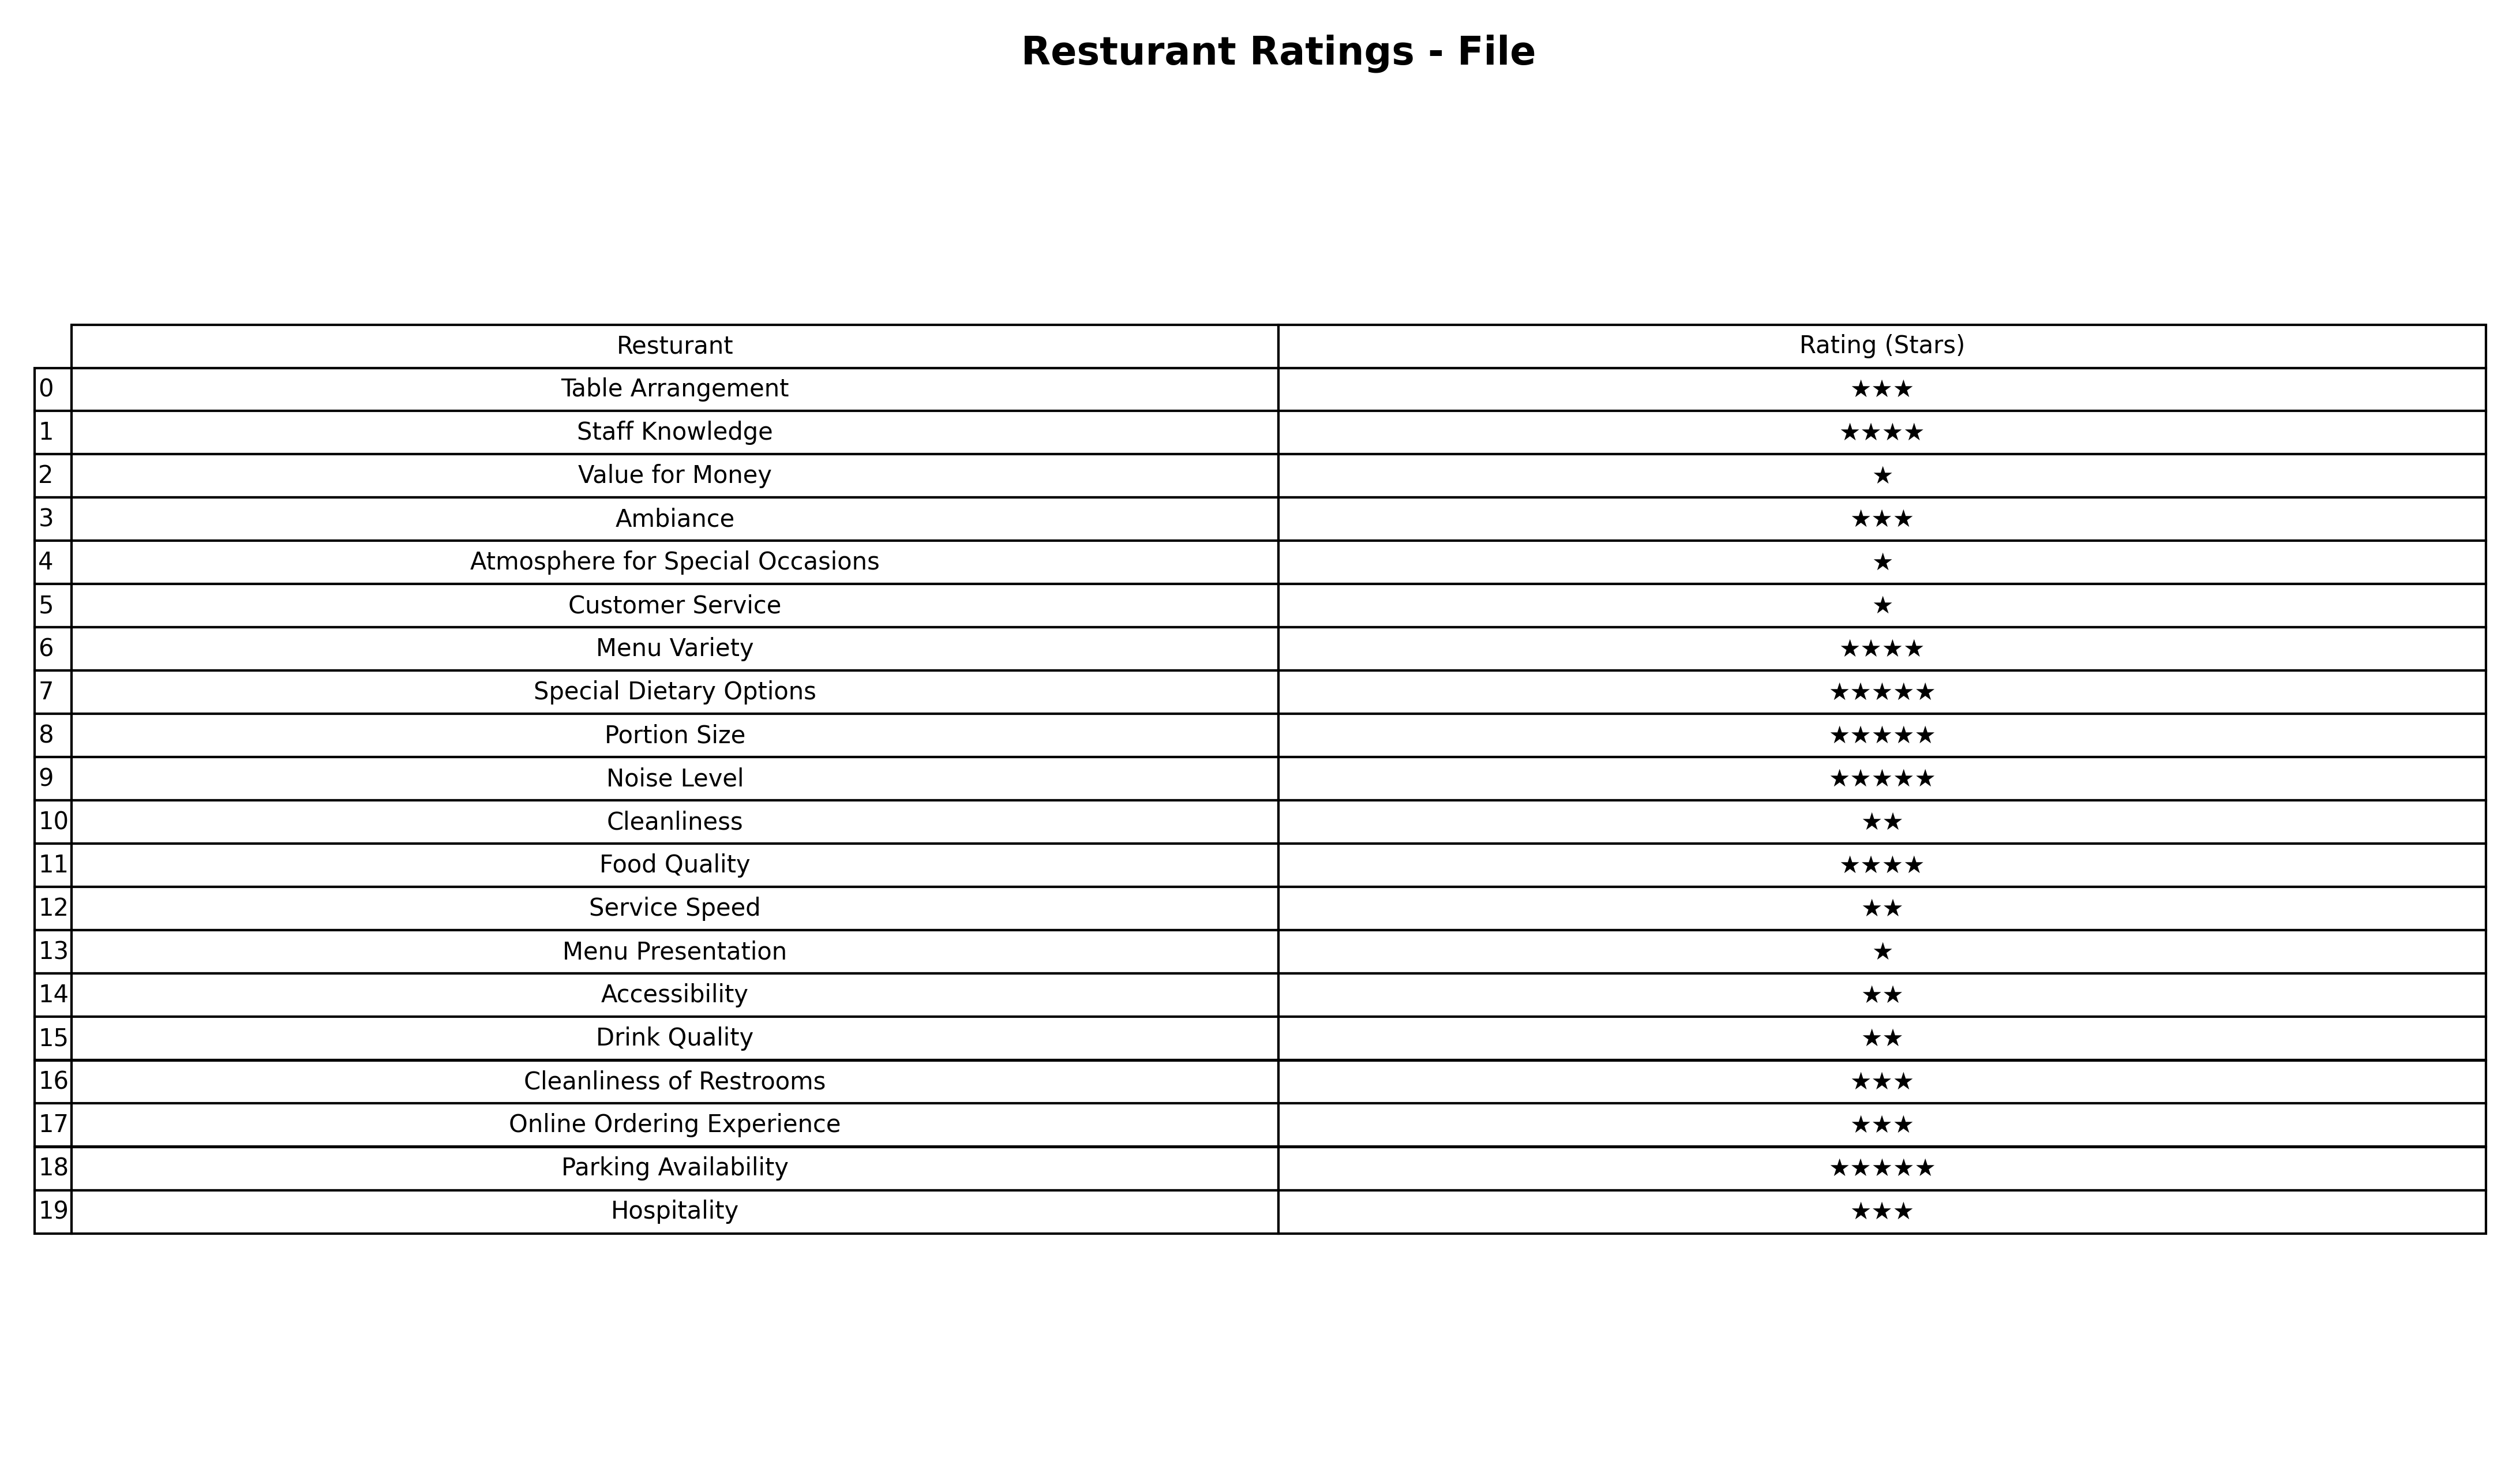
question: What is the rating of Customer Service?
answer: ★